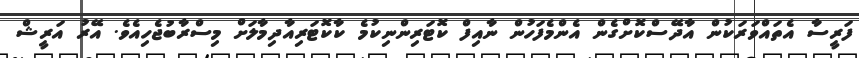
ފަރީސާ އެތައްވަރަކުން އާދޭސްކޮށްގެން އެންމެފަހުން ނާއިފް ކޮޓަރިންނިކުމެ ކާކޮޓަރިއާދިމާލަށް މިސްރާބުޖެހިއެވެ. އޭރު އަރީޝް